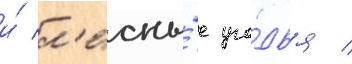
и́ л'есны́е уго́дья /